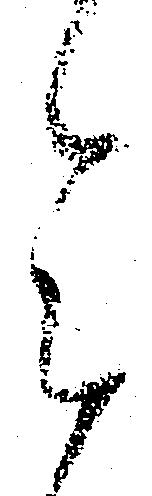
令